Civil Veterinary Dept. Bombay admin report 1923-31 - 1923-1931
Year: 1923
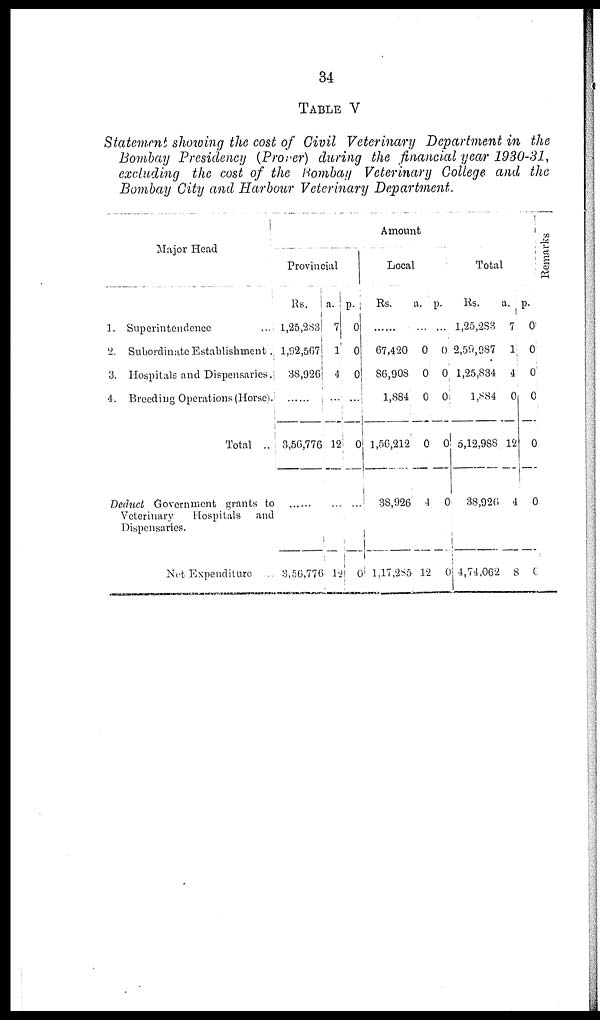
34
TABLE V
Statement showing the cost of Civil Veterinary Department in the
Bombay Presidency (Proper) during the financial year 1930-31,
excluding the cost of the Bombay Veterinary College and the
Bombay City and Harbour Veterinary Department.
Major Head
1. Superintendence
...
2. Subordinate Establishment
3. Hospitals and Dispensaries.
4. Breeding Operations (Horse).
Total ...
Deduct Government grants to
Veterinary
Hospitals and
Dispensaries.
Net Expenditure ...
Amount
Provincial
Rs.
1,25,283
1,92,567
38,926
......
3,56,776
......
3,56,776
a.
7
1
4
...
12
...
12
p.
0
0
0
...
0
...
0
Local
Rs.
67,420
86,908
1,884
1,56,212
38,926
1,17,285
a.
...
0
0
0
0
4
12
p.
...
0
0
0
0
0
0
Total
Rs.
1,25,283
2,59,987
1,25,834
1,884
5,12,988
38,926
4,74,062
a.
7
1
4
0
12
4
8
p.
0
0
0
0
0
0
0
Remarks